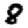
Digit: 8